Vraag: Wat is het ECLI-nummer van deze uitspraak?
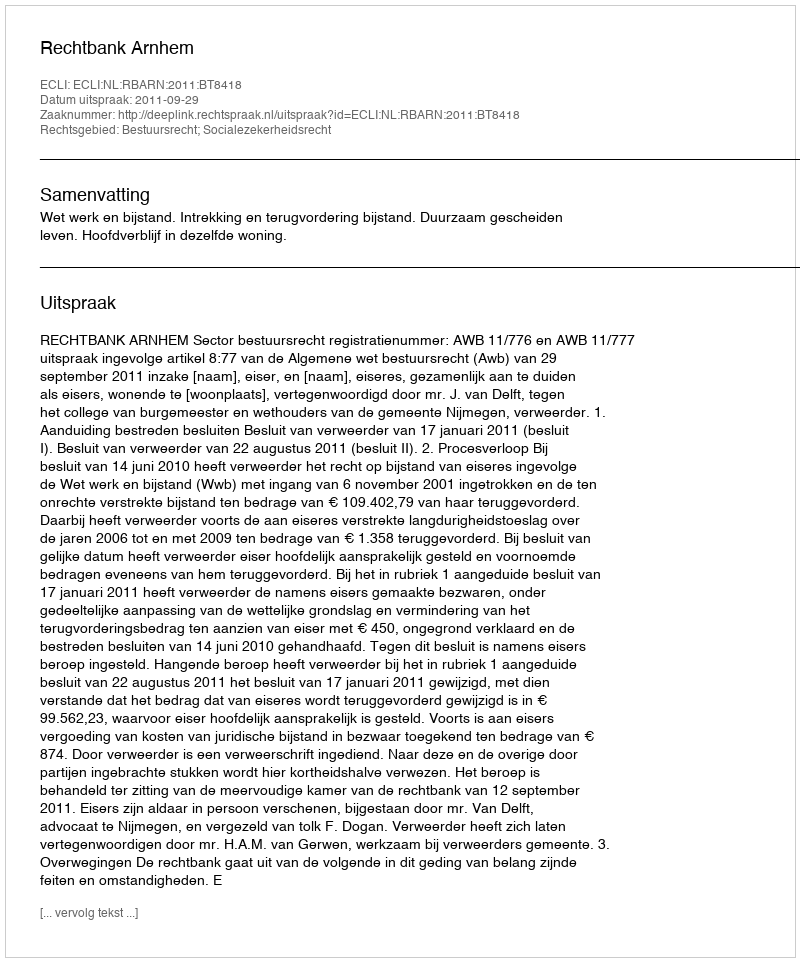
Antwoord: ECLI:NL:RBARN:2011:BT8418